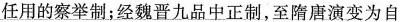
任用的察举制；经魏晋九品中正制，至隋唐演变为自